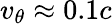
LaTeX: v_{\theta}\approx 0.1c